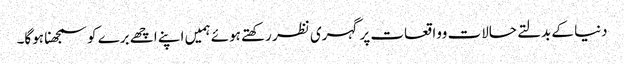
دنیا کے بدلتے حالات وواقعات پر گہری نظر رکھتے ہوئے ہمیں اپنے اچھے برے کو سمجھنا ہوگا۔